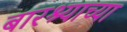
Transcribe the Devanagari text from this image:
बारश्याच्या